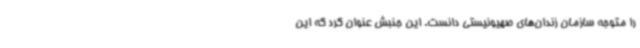
را متوجه سازمان زندان‌های صهیونیستی دانست. این جنبش عنوان کرد که این